Civil Veterinary Dept. Assam report 1927-50 - 1927-1950
Year: 1927
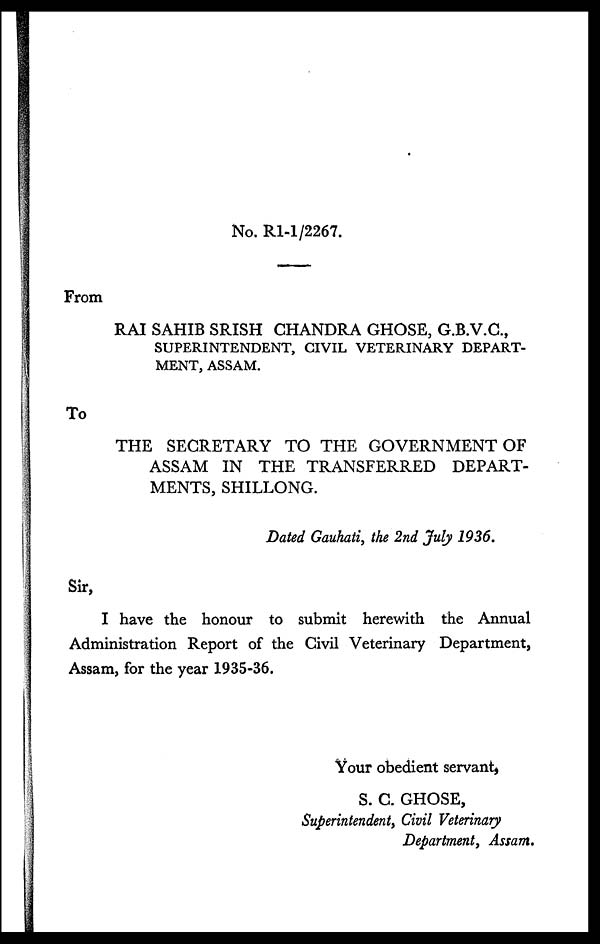
No. R1-1/2267.
From
RAI SAHIB SRISH CHANDRA GHOSE, G.B.V.C.,
SUPERINTENDENT, CIVIL VETERINARY DEPART-
MENT, ASSAM.
To
THE SECRETARY TO THE GOVERNMENT OF
ASSAM IN THE TRANSFERRED DEPART-
MENTS, SHILLONG.
Dated Gauhati, the 2nd July 1936.
Sir,
I have the honour to submit herewith the Annual
Administration Report of the Civil Veterinary Department,
Assam, for the year 1935-36.
Your obedient servant,
S. C. GHOSE,
Superintendent, Civil Veterinary
Department, Assam.